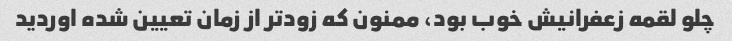
چلو لقمه زعفرانیش خوب بود، ممنون که زودتر از زمان تعیین شده اوردید